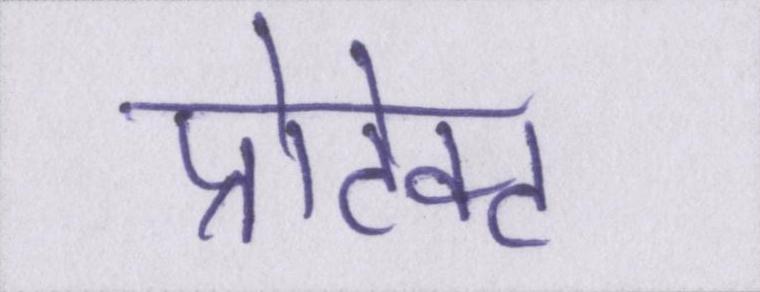
प्रोटेक्ट